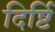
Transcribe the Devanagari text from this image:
दिर्ष्टि